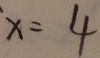
x = 4